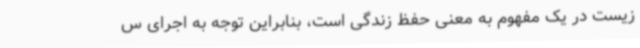
‌زیست در یک مفهوم به معنی حفظ زندگی است، بنابراین توجه به اجرای س